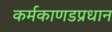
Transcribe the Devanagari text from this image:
कर्मकाणडप्रधान